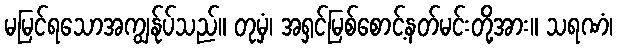
မမြင်ရသောအကျွန်ုပ်သည်။ တုမှံ၊ အရှင်မြစ်စောင့်နတ်မင်းတို့အား။ သရဏံ၊